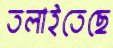
তলাইতেছে